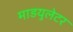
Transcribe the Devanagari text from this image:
माडयुलेटर